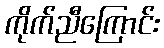
ကိုက်ညီကြောင်း